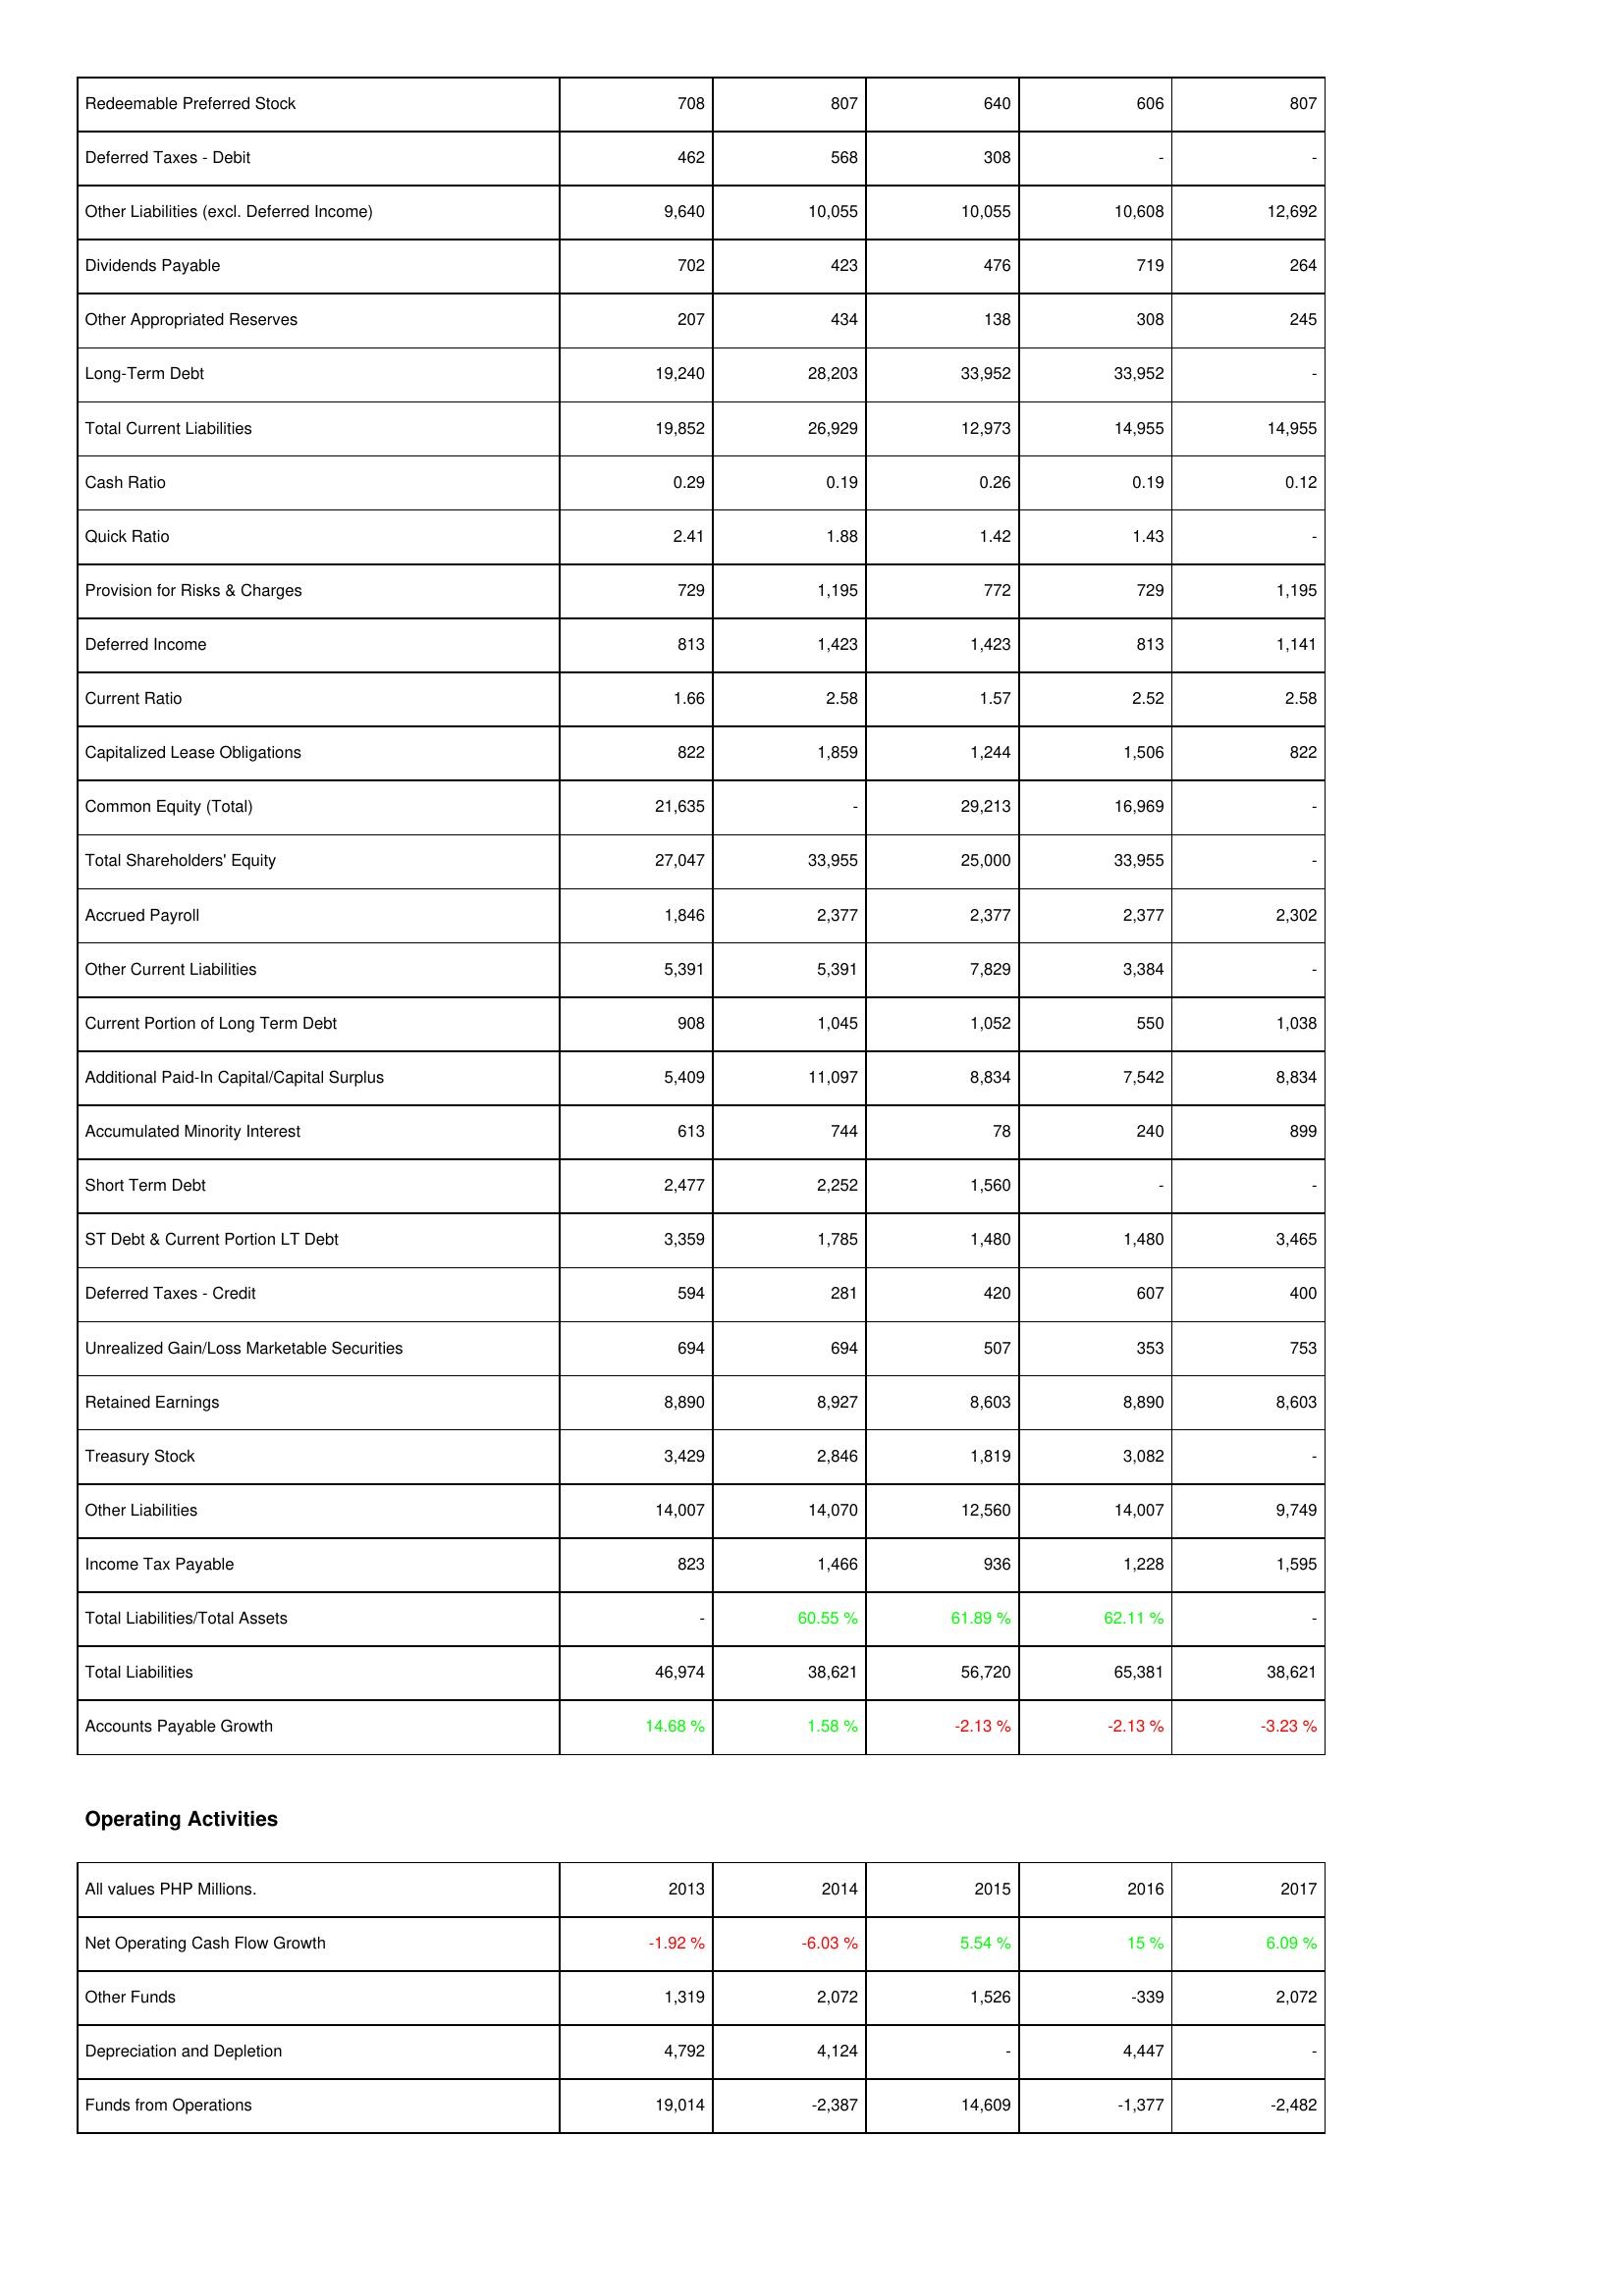
2013: Liabilities & Shareholders' Equity: Redeemable Preferred Stock: 708
Deferred Taxes - Debit: 462
Other Liabilities (excl. Deferred Income): 9,640
Dividends Payable: 702
Other Appropriated Reserves: 207
Long-Term Debt: 19,240
Total Current Liabilities: 19,852
Cash Ratio: 0.29
Quick Ratio: 2.41
Provision for Risks & Charges: 729
Deferred Income: 813
Current Ratio: 1.66
Capitalized Lease Obligations: 822
Common Equity (Total): 21,635
Total Shareholders' Equity: 27,047
Accrued Payroll: 1,846
Other Current Liabilities: 5,391
Current Portion of Long Term Debt: 908
Additional Paid-In Capital/Capital Surplus: 5,409
Accumulated Minority Interest: 613
Short Term Debt: 2,477
ST Debt & Current Portion LT Debt: 3,359
Deferred Taxes - Credit: 594
Unrealized Gain/Loss Marketable Securities: 694
Retained Earnings: 8,890
Treasury Stock: 3,429
Other Liabilities: 14,007
Income Tax Payable: 823
Total Liabilities/Total Assets: -
Total Liabilities: 46,974
Accounts Payable Growth: 14.68 %
Operating Activities: Net Operating Cash Flow Growth: -1.92 %
Other Funds: 1,319
Depreciation and Depletion: 4,792
Funds from Operations: 19,014
2014: Liabilities & Shareholders' Equity: Redeemable Preferred Stock: 807
Deferred Taxes - Debit: 568
Other Liabilities (excl. Deferred Income): 10,055
Dividends Payable: 423
Other Appropriated Reserves: 434
Long-Term Debt: 28,203
Total Current Liabilities: 26,929
Cash Ratio: 0.19
Quick Ratio: 1.88
Provision for Risks & Charges: 1,195
Deferred Income: 1,423
Current Ratio: 2.58
Capitalized Lease Obligations: 1,859
Common Equity (Total): -
Total Shareholders' Equity: 33,955
Accrued Payroll: 2,377
Other Current Liabilities: 5,391
Current Portion of Long Term Debt: 1,045
Additional Paid-In Capital/Capital Surplus: 11,097
Accumulated Minority Interest: 744
Short Term Debt: 2,252
ST Debt & Current Portion LT Debt: 1,785
Deferred Taxes - Credit: 281
Unrealized Gain/Loss Marketable Securities: 694
Retained Earnings: 8,927
Treasury Stock: 2,846
Other Liabilities: 14,070
Income Tax Payable: 1,466
Total Liabilities/Total Assets: 60.55 %
Total Liabilities: 38,621
Accounts Payable Growth: 1.58 %
Operating Activities: Net Operating Cash Flow Growth: -6.03 %
Other Funds: 2,072
Depreciation and Depletion: 4,124
Funds from Operations: -2,387
2015: Liabilities & Shareholders' Equity: Redeemable Preferred Stock: 640
Deferred Taxes - Debit: 308
Other Liabilities (excl. Deferred Income): 10,055
Dividends Payable: 476
Other Appropriated Reserves: 138
Long-Term Debt: 33,952
Total Current Liabilities: 12,973
Cash Ratio: 0.26
Quick Ratio: 1.42
Provision for Risks & Charges: 772
Deferred Income: 1,423
Current Ratio: 1.57
Capitalized Lease Obligations: 1,244
Common Equity (Total): 29,213
Total Shareholders' Equity: 25,000
Accrued Payroll: 2,377
Other Current Liabilities: 7,829
Current Portion of Long Term Debt: 1,052
Additional Paid-In Capital/Capital Surplus: 8,834
Accumulated Minority Interest: 78
Short Term Debt: 1,560
ST Debt & Current Portion LT Debt: 1,480
Deferred Taxes - Credit: 420
Unrealized Gain/Loss Marketable Securities: 507
Retained Earnings: 8,603
Treasury Stock: 1,819
Other Liabilities: 12,560
Income Tax Payable: 936
Total Liabilities/Total Assets: 61.89 %
Total Liabilities: 56,720
Accounts Payable Growth: -2.13 %
Operating Activities: Net Operating Cash Flow Growth: 5.54 %
Other Funds: 1,526
Depreciation and Depletion: -
Funds from Operations: 14,609
2016: Liabilities & Shareholders' Equity: Redeemable Preferred Stock: 606
Deferred Taxes - Debit: -
Other Liabilities (excl. Deferred Income): 10,608
Dividends Payable: 719
Other Appropriated Reserves: 308
Long-Term Debt: 33,952
Total Current Liabilities: 14,955
Cash Ratio: 0.19
Quick Ratio: 1.43
Provision for Risks & Charges: 729
Deferred Income: 813
Current Ratio: 2.52
Capitalized Lease Obligations: 1,506
Common Equity (Total): 16,969
Total Shareholders' Equity: 33,955
Accrued Payroll: 2,377
Other Current Liabilities: 3,384
Current Portion of Long Term Debt: 550
Additional Paid-In Capital/Capital Surplus: 7,542
Accumulated Minority Interest: 240
Short Term Debt: -
ST Debt & Current Portion LT Debt: 1,480
Deferred Taxes - Credit: 607
Unrealized Gain/Loss Marketable Securities: 353
Retained Earnings: 8,890
Treasury Stock: 3,082
Other Liabilities: 14,007
Income Tax Payable: 1,228
Total Liabilities/Total Assets: 62.11 %
Total Liabilities: 65,381
Accounts Payable Growth: -2.13 %
Operating Activities: Net Operating Cash Flow Growth: 15 %
Other Funds: -339
Depreciation and Depletion: 4,447
Funds from Operations: -1,377
2017: Liabilities & Shareholders' Equity: Redeemable Preferred Stock: 807
Deferred Taxes - Debit: -
Other Liabilities (excl. Deferred Income): 12,692
Dividends Payable: 264
Other Appropriated Reserves: 245
Long-Term Debt: -
Total Current Liabilities: 14,955
Cash Ratio: 0.12
Quick Ratio: -
Provision for Risks & Charges: 1,195
Deferred Income: 1,141
Current Ratio: 2.58
Capitalized Lease Obligations: 822
Common Equity (Total): -
Total Shareholders' Equity: -
Accrued Payroll: 2,302
Other Current Liabilities: -
Current Portion of Long Term Debt: 1,038
Additional Paid-In Capital/Capital Surplus: 8,834
Accumulated Minority Interest: 899
Short Term Debt: -
ST Debt & Current Portion LT Debt: 3,465
Deferred Taxes - Credit: 400
Unrealized Gain/Loss Marketable Securities: 753
Retained Earnings: 8,603
Treasury Stock: -
Other Liabilities: 9,749
Income Tax Payable: 1,595
Total Liabilities/Total Assets: -
Total Liabilities: 38,621
Accounts Payable Growth: -3.23 %
Operating Activities: Net Operating Cash Flow Growth: 6.09 %
Other Funds: 2,072
Depreciation and Depletion: -
Funds from Operations: -2,482